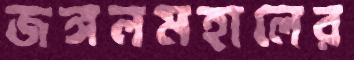
জঙ্গলমহালের